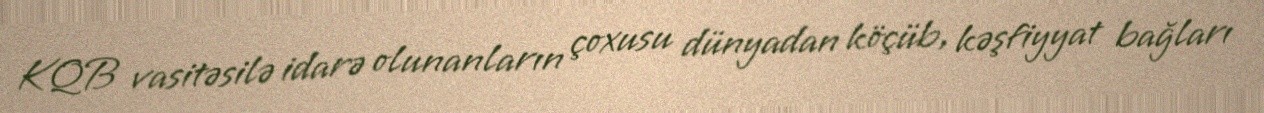
KQB vasitəsilə idarə olunanların çoxusu dünyadan köçüb, kəşfiyyat bağları